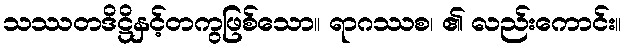
သဿတဒိဋ္ဌိနှင့်တကွဖြစ်သော။ ရာဂဿစ၊ ၏ လည်းကောင်း။